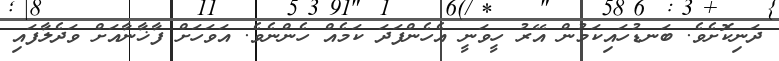
ދަނިކޮށެވެ. ބަނޑުހައިކަމުން އޭރު ހީވަނީ އެހެންފަދަ ކަމެއް ހެންނެވެ. އަވަހަށް ފާޚާނާއަށް ވަދެލާފައި